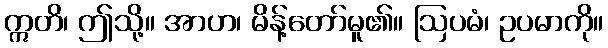
ဣတိ၊ ဤသို့။ အာဟ၊ မိန့်တော်မူ၏။ ဩပမံ၊ ဥပမာကို။